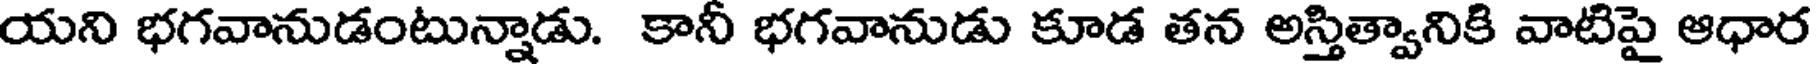
యని భగవానుడంటున్నాడు. కానీ భగవానుడు కూడ తన అస్తిత్వానికి వాటిపై ఆధార